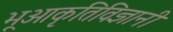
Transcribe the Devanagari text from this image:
भूआकृतिविज्ञानी